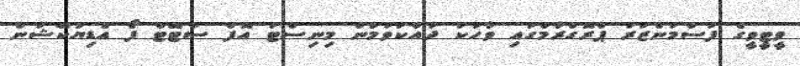
ވީޓީވީގެ ފަސްމަންޒަރު ޕްރޮގްރާމްގައި ވާހަކަ ދައްކަވަމުން މިނިސްޓަ އޮފް ސްޓޭޓް ފޯ އެޑިޔުކޭޝަން